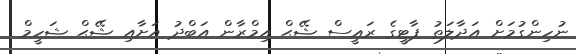
ނުހިންގުމަށް އަދާލަތު ޕާޓީގެ ރަޢީސް ޝޭޙް އިމްރާން އަބްދު އަށާއި ޝޭޙް ޝަހީމް